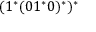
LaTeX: ( 1 ^ { * } ( 0 1 ^ { * } 0 ) ^ { * } ) ^ { * } \,